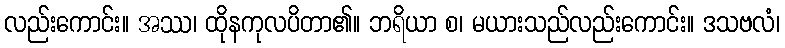
လည်းကောင်း။ အဿ၊ ထိုနကုလပိတာ၏။ ဘရိယာ စ၊ မယားသည်လည်းကောင်း။ ဒသဗလံ၊